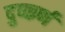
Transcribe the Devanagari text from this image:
दुष्कर्ण